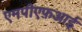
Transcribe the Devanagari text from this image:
एमपीएफ़आई